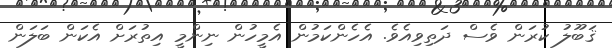
ޤަބޫލު ކުރަން ވެސް ދަތިވިއެވެ. އެހެންކަމުން އެމީހުން ނިންމީ އިތުރަށް އެކަން ބަލަން